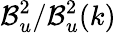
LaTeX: \mathcal{B}_{u}^{2}/\mathcal{B}_{u}^{2}(k)